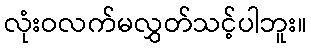
လုံးဝလက်မလွှတ်သင့်ပါဘူး။